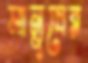
মানুষের